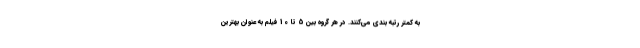
به کمتر رتبه بندی می‌کنند. در هر گروه بین 5 تا 10 فیلم به عنوان بهترین